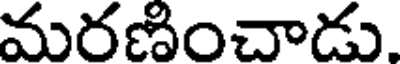
మరణించాడు.